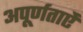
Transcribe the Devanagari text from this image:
अपूर्णताऐं